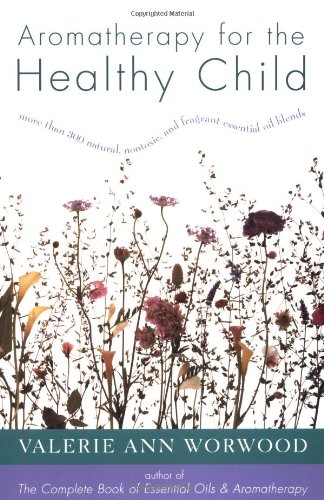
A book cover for Aromatherapy for the Healthy Child: More Than 300 Natural, Nontoxic, and Fragrant Essential Oil Blends; Valerie Ann Worwood; Science & Math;